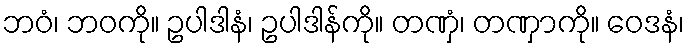
ဘဝံ၊ ဘဝကို။ ဥပါဒါနံ၊ ဥပါဒါန်ကို။ တဏှံ၊ တဏှာကို။ ဝေဒနံ၊